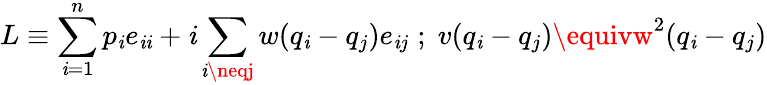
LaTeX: L\equiv\sum_{\mathit{i}=1}^{n}p_{\mathit{i}}e_{\mathit{i}\mathit{i}}+\mathit{i}\sum_{\mathit{i}\neqj}w(q_{\mathit{i}}-q_{j})e_{\mathit{i}j}\; ;\; v(q_{\mathit{i}}-q_{j})\equivw^{2}(q_{\mathit{i}}-q_{j})